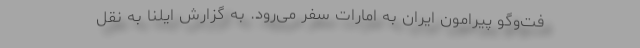
فت‌و‌گو پیرامون ایران به امارات سفر می‌رود. به گزارش ایلنا به نقل